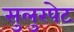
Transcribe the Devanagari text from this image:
सुलुरपेट